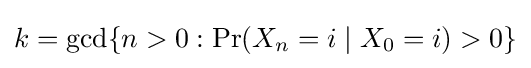
k=\gcd\{n>0:\Pr(X_{n}=i\mid X_{0}=i)>0\}